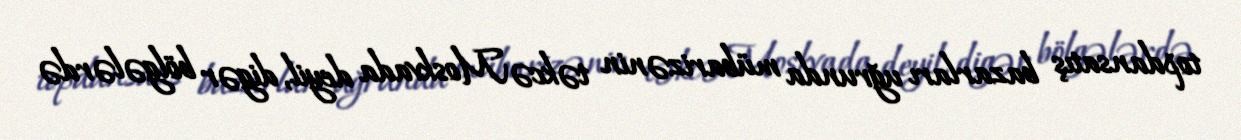
topdansatış bazarları uğrunda mübarizənin təkcə Moskvada deyil, digər bölgələrdə